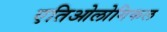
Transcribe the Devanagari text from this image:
एतिओलोगिकल